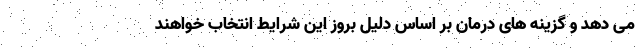
می دهد و گزینه های درمان بر اساس دلیل بروز این شرایط انتخاب خواهند